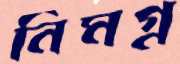
নিমগ্ন